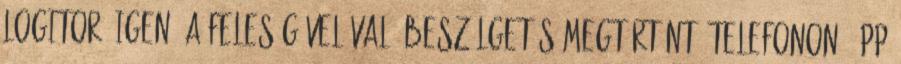
Logitor: igen, a feleségével való beszélgetés megtörtént. Telefonon. Épp